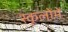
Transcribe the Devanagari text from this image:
स्कूलोंमें